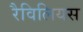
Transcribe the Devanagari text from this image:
रैविलियस